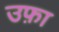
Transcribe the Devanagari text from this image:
उफ़ा